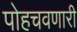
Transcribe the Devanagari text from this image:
पोहचवणारी